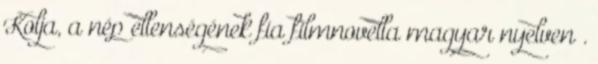
Kolja, a nép ellenségének fia filmnovella magyar nyelven .